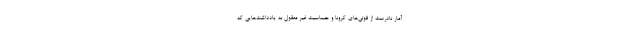
آمار نادرست از فوتی‌های کرونا و حساسیت غیر معقول به یادداشت‌هایی که